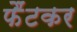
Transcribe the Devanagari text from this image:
फैंटकर